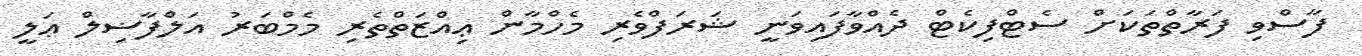
ފާސްވި ފަރާތްތަކަށް ސެޓްފިކެޓް ދެއްވާފައިވަނީ ޝަރަފްވެރި މެހްމާން ޢިއްޒަތްތެރި މެމްބަރު އަލްފާޟިލް ޢަލީ